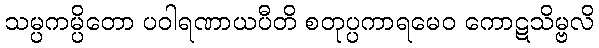
သမ္ပကမ္ပိတော ပဝါရဏာယပီတိ စတုပ္ပကာရမေဝ ကောဋသိမ္ဗလိ